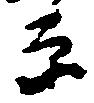
原